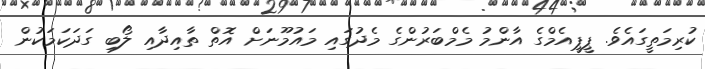
ކުރިމަތީގައެވެ. ޕީޕީއެމްގެ އާންމު މެމްބަރުންގެ މެދުގައި މައުމޫނަށް އޮތް ތާއިދާއި ލޯބި ގަދަކަމަކުން